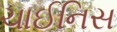
ચાઈનિસ